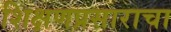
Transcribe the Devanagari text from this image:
शिक्षणप्रसाराचा